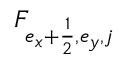
F _ { e _ { x } + \frac { 1 } { 2 } , e _ { y } , j }